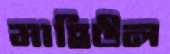
মাহিউল